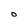
Character: O